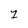
Character: 1